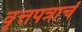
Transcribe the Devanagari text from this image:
वृत्तपत्राचं